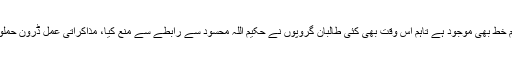
انہوں نے کہا کہ تحریک طالبان سے براہ راست رابطہ ہوا اور حکیم اللہ محسود کا ہمارے نام خط بھی موجود ہے تاہم اس وقت بھی کئی طالبان گروپوں نے حکیم اللہ محسود سے رابطے سے منع کیا، مذاکراتی عمل ڈرون حملوں کے باعث پٹڑی سے اتر اور حکیم اللہ محسود پر حملہ کرکے مذاکرات کو سبوتاژ کیا گیا۔